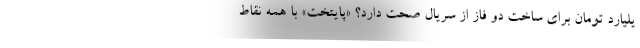
یلیارد تومان برای ساخت دو فاز از سریال صحت دارد؟ «پایتخت» با همه نقاط